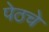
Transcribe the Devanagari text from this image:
पेठचे